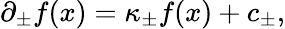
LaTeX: \partial_{\pm}f(x)=\kappa_{\pm}f(x)+c_{\pm},